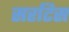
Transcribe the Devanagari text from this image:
सरटिस